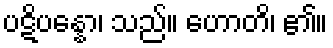
ပဋိပန္နော၊ သည်။ ဟောတိ၊ ၏။